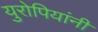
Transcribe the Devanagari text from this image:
युरोपियांनी